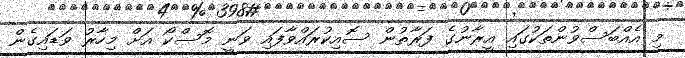
މި އެއްބަސްވުންތަކުގައި އީރާނުގެ ފަރާތުން ސޮއިކުރައްވާފައި ވަނީ މޮސްކޯ އަށް މިހާރު ވަޑައިގެން